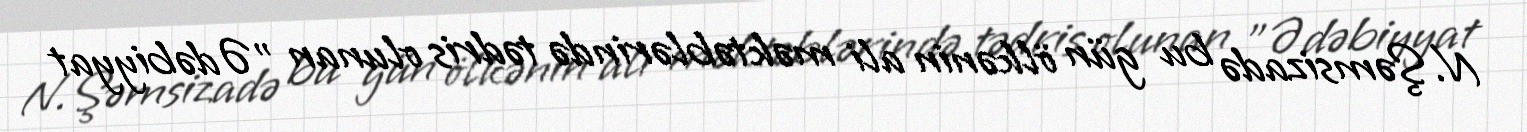
N.Şəmsizadə bu gün ölkənin ali məktəblərində tədris olunan "Ədəbiyyat